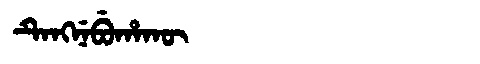
Manchu: ᡨᡝᠩᠨᡝᠪᡠᡥᠠᡴᡡ
Romanization: TENGNEBUHAKŪ